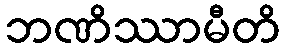
ဘဏိဿာမီတိ